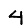
Digit: 4